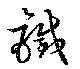
鉄